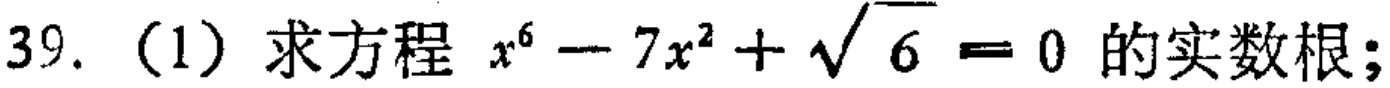
39.（1）求方程 \(x^{6}-7x^{2}+\sqrt{6}=0\) 的实数根；